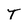
Character: T